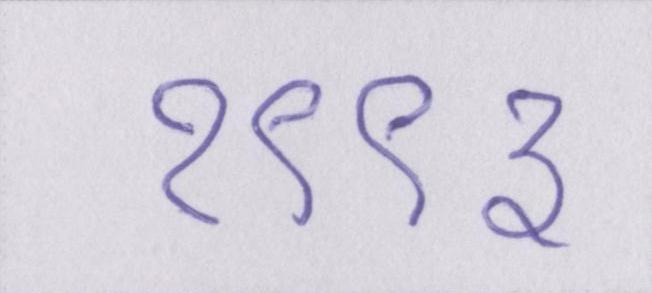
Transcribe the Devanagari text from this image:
१९९३